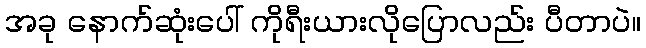
အခု နောက်ဆုံးပေါ် ကိုရီးယားလိုပြောလည်း ပီတာပဲ။